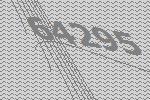
64295